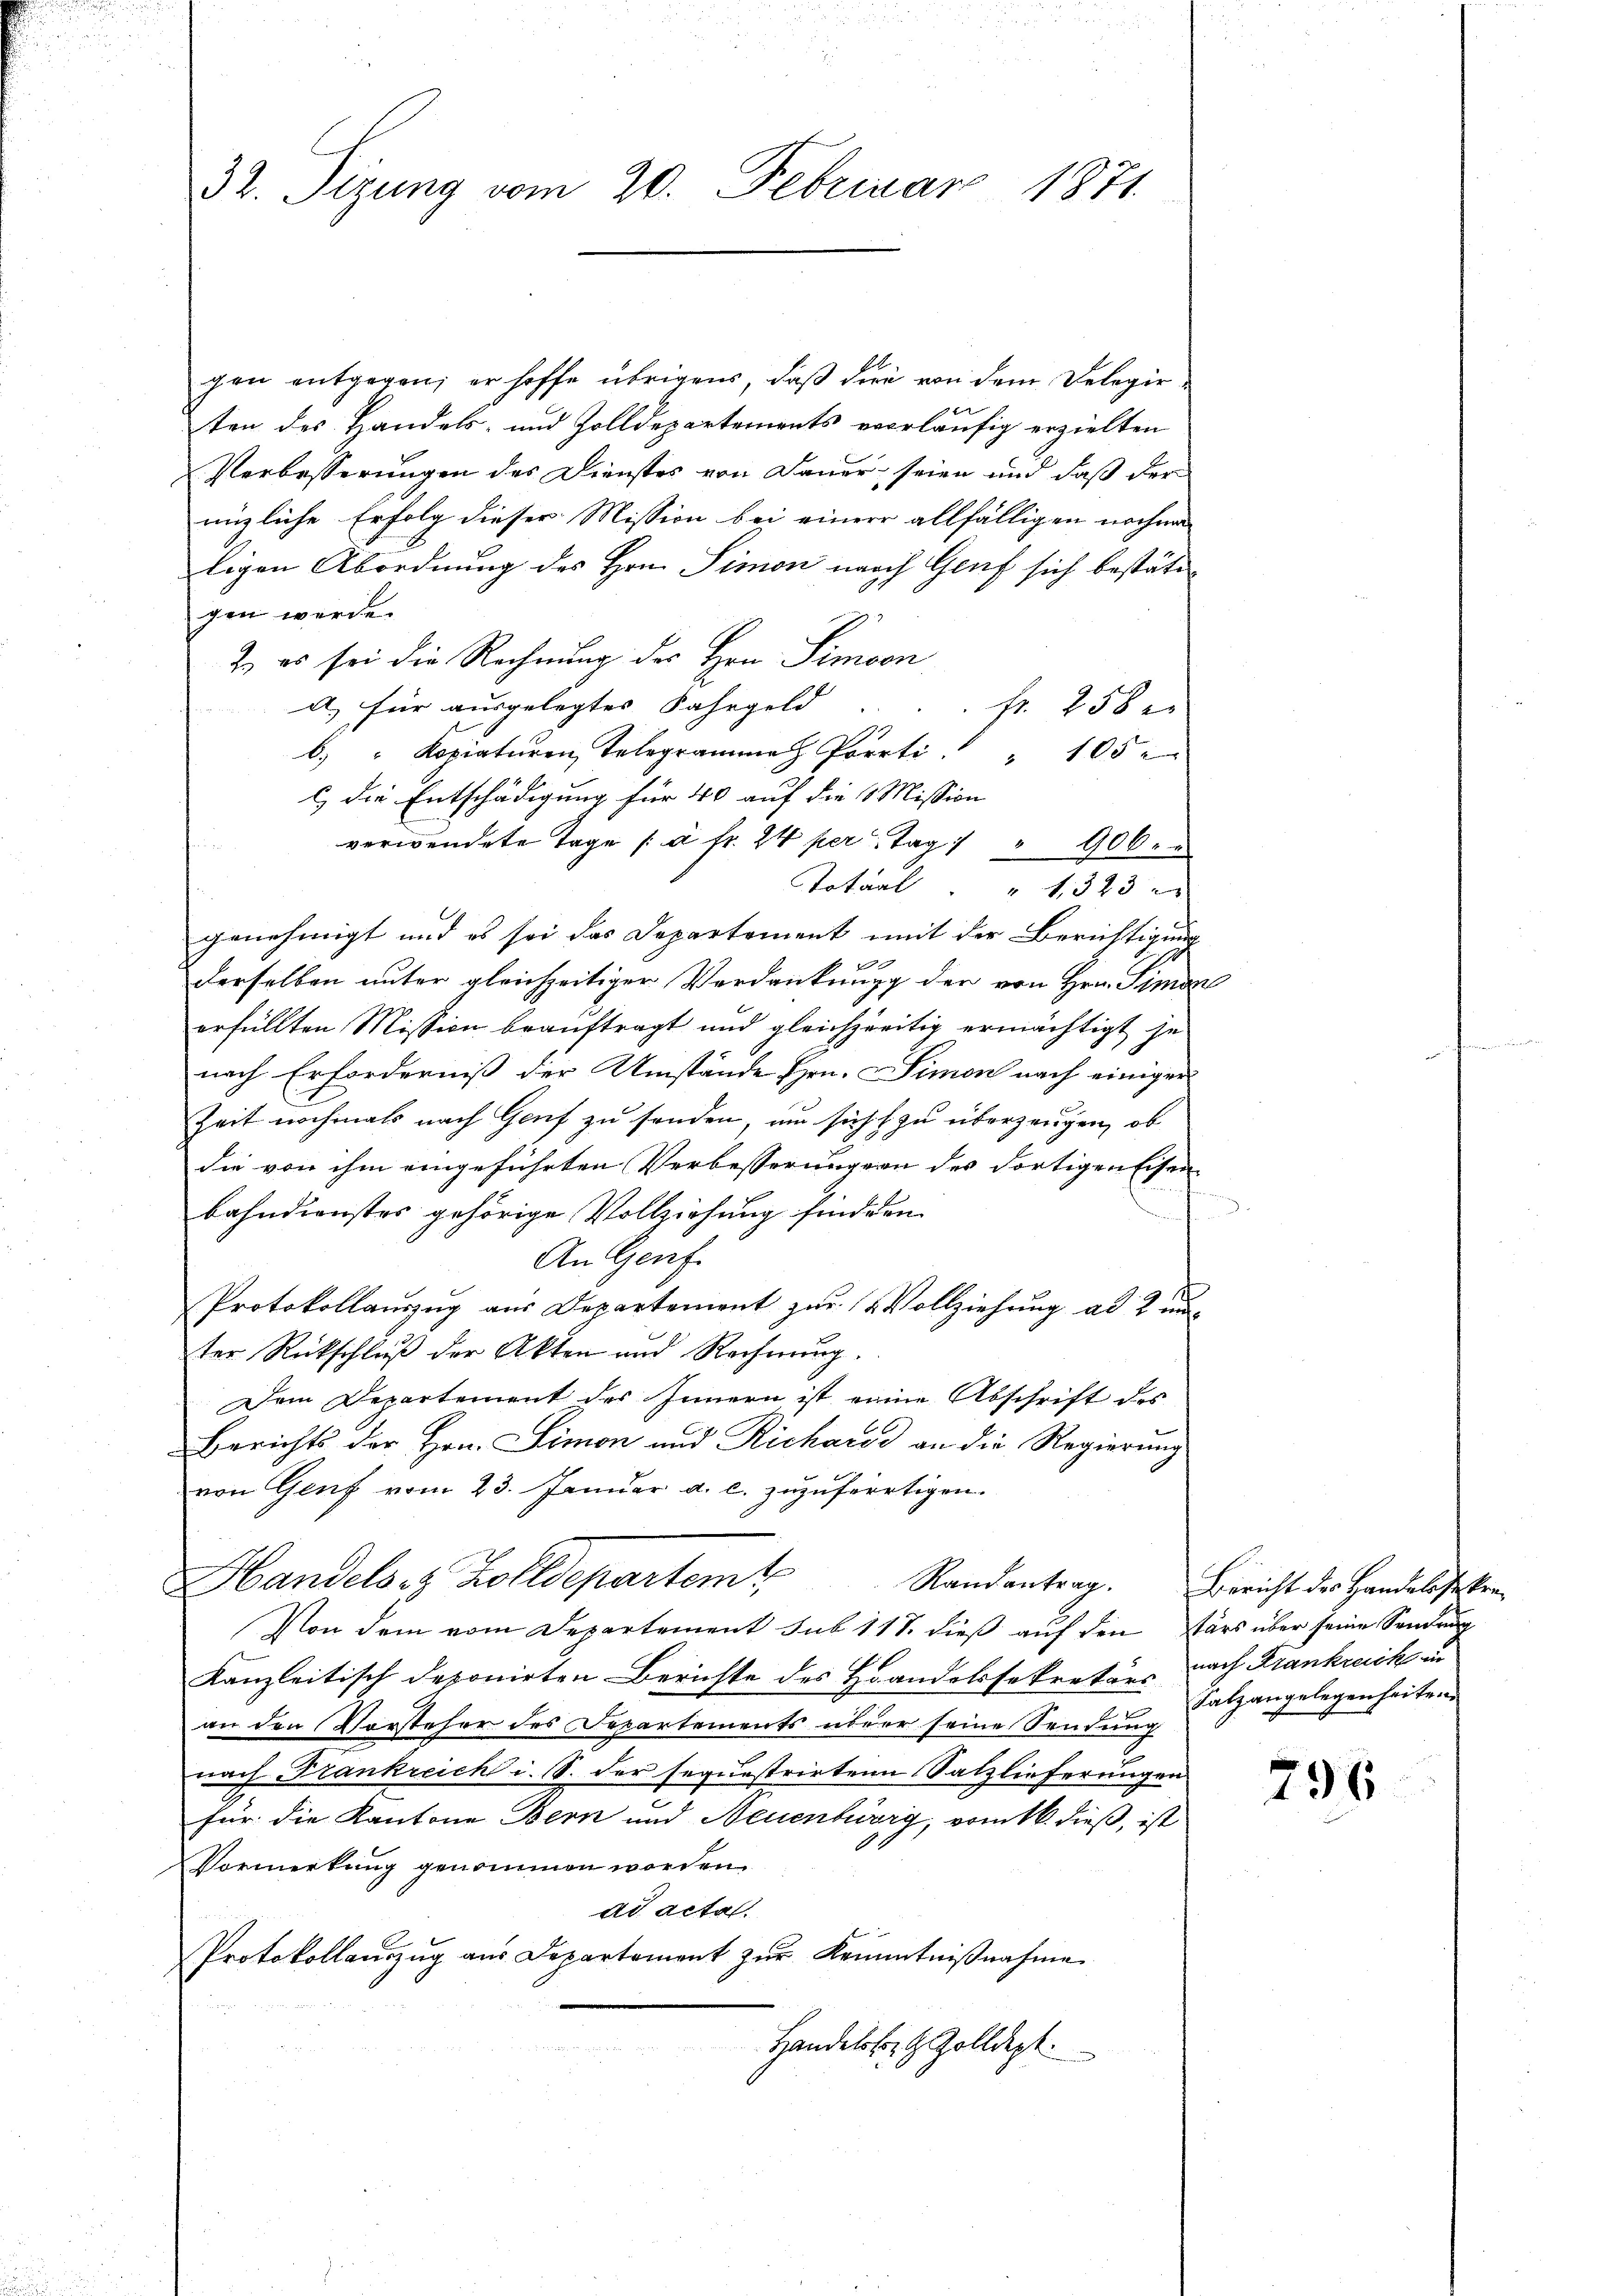
32. Sizung vom 20. Februar 1871.

gen entgegen; er hoffe übrigens, daß die von dem Delegie¬
 x
ten des Handels- und Zolldepartements vorläufig erzielten
Verbesserungen des Dienstes von Dauer seien und daß der
nüzliche Erfolg dieser Mission bei einer allfälligen nochma
ligen Abordnung des Hrn. Simon nach Genf sich bestätigen werde.
2. es sei die Rechnung des Hrn. Simplon
a) für ausgelegtes Fahrgeld
fr. 258 x
6. " Kopiaturen, Telegramma Porti " " 105 x
l) die Entschädigung für 40 auf die Mission
verwendete Tage à fr. 24 per Tag " " 906.
Total " " 1323
genehmigt und es sei das Departement mit der Berichtigung

derselben unter gleichzeitiger Verdankung der von Hrn. Simon
erfüllten Mission beauftragt und gleichzeitig ermächtigt je
nach Erforderniß der Umstände Hrn. Simon nach einiger
Zeit nochmals nach Genf zu senden, um sicht zu überzeugen, ob
die von ihm eingeführten Verbesserungen des dortigen Eisenbahndienstes gehörige Vollziehung findern
f
An Genf.
Protokollaŭszŭg aŭs Departement zŭr Vollziehung ad 2 un
ter Rückschluß der Akten und Rechnung.
Dem Departement des Innern ist eine Abschrift des
Berichts der Hrn. Simon und Richares an die Regierung
von Genf vom 23. Januar a. c. zuzufertigen.
Handels- & Zolldepartemt,
Von dem vom Departement sub 118. dieß auf den Pars über seine Sendruc
Kanzleitisch deponirten Berichte des Handelssekretärs nach Frankreik un
an den Vorsteher des Departements über seine Sendung
nach Frankreich i. S. der sequestrirten Salzlieferungen
für die Kantone Bern und Neuenburg, vom 16. dieß, ist
Vormerkung genommen worden.
ad acta.
Protokollauszug aus Departement zŭr Kenntniβnahme
Handelsb. H. Zolldept.

Randantrag. Bericht des Handelsstkra¬
Salz angelegenheiten.

796